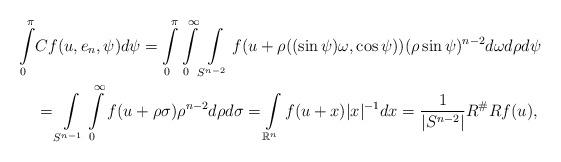
LaTeX: \begin{align*} \int\limits_0^\pi &Cf(u, e_n, \psi)d\psi= \int\limits_0^\pi \int\limits_0^\infty \int\limits_{S^{n-2}} f(u+\rho((\sin\psi) \omega,\cos \psi))(\rho \sin\psi)^{n-2}d\omega d\rho d\psi\\ &=\int\limits_{S^{n-1}}\int\limits_0^\infty f(u+\rho\sigma)\rho^{n-2}d\rho d\sigma =\int\limits_{\mathbb{R}^n} f(u+x)|x|^{-1}dx = \frac{1}{|S^{n-2}|} R^\#Rf(u), \end{align*}